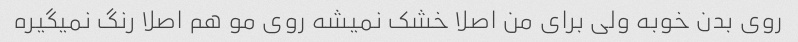
روی بدن خوبه ولی برای من اصلا خشک نمیشه روی مو هم اصلا رنگ نمیگیره